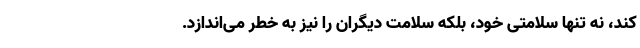
کند، نه تنها سلامتی خود، بلکه سلامت دیگران را نیز به خطر می‌اندازد.